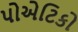
પોએટિકો